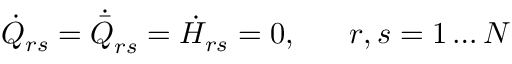
\dot { Q } _ { r s } = \dot { \bar { Q } } _ { r s } = \dot { H } _ { r s } = 0 , \; \; \; \; \; \; r , s = 1 \ldots N